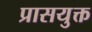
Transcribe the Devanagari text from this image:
प्रासयुक्त